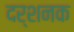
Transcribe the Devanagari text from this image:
दर्शनक